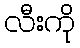
လီးကို